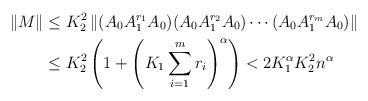
LaTeX: \begin{align*}\|M\| &\leq K_2^2 \left\| (A_0 A_1^{r_1}A_0)(A_0A_1^{r_2}A_0) \cdots (A_0 A_1^{r_m}A_0)\right\|\\& \leq K_2^2\left(1+\left(K_1 \sum_{i=1}^m r_i\right)^\alpha\right) <2K_1^\alpha K_2^2 n^\alpha\end{align*}